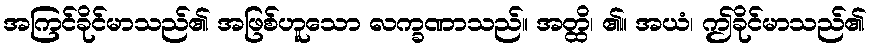
အကြင်ခိုင်မာသည်၏ အဖြစ်ဟူသော လက္ခဏာသည်။ အတ္ထိ၊ ၏။ အယံ၊ ဤခိုင်မာသည်၏